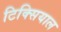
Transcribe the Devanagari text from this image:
टिक्सियाल